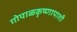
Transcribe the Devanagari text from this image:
गोपाळकृष्णापाशी